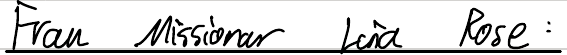
Frau Missionar Lina Rose: